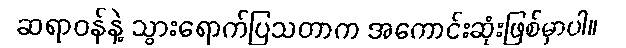
ဆရာဝန်နဲ့ သွားရောက်ပြသတာက အကောင်းဆုံးဖြစ်မှာပါ။